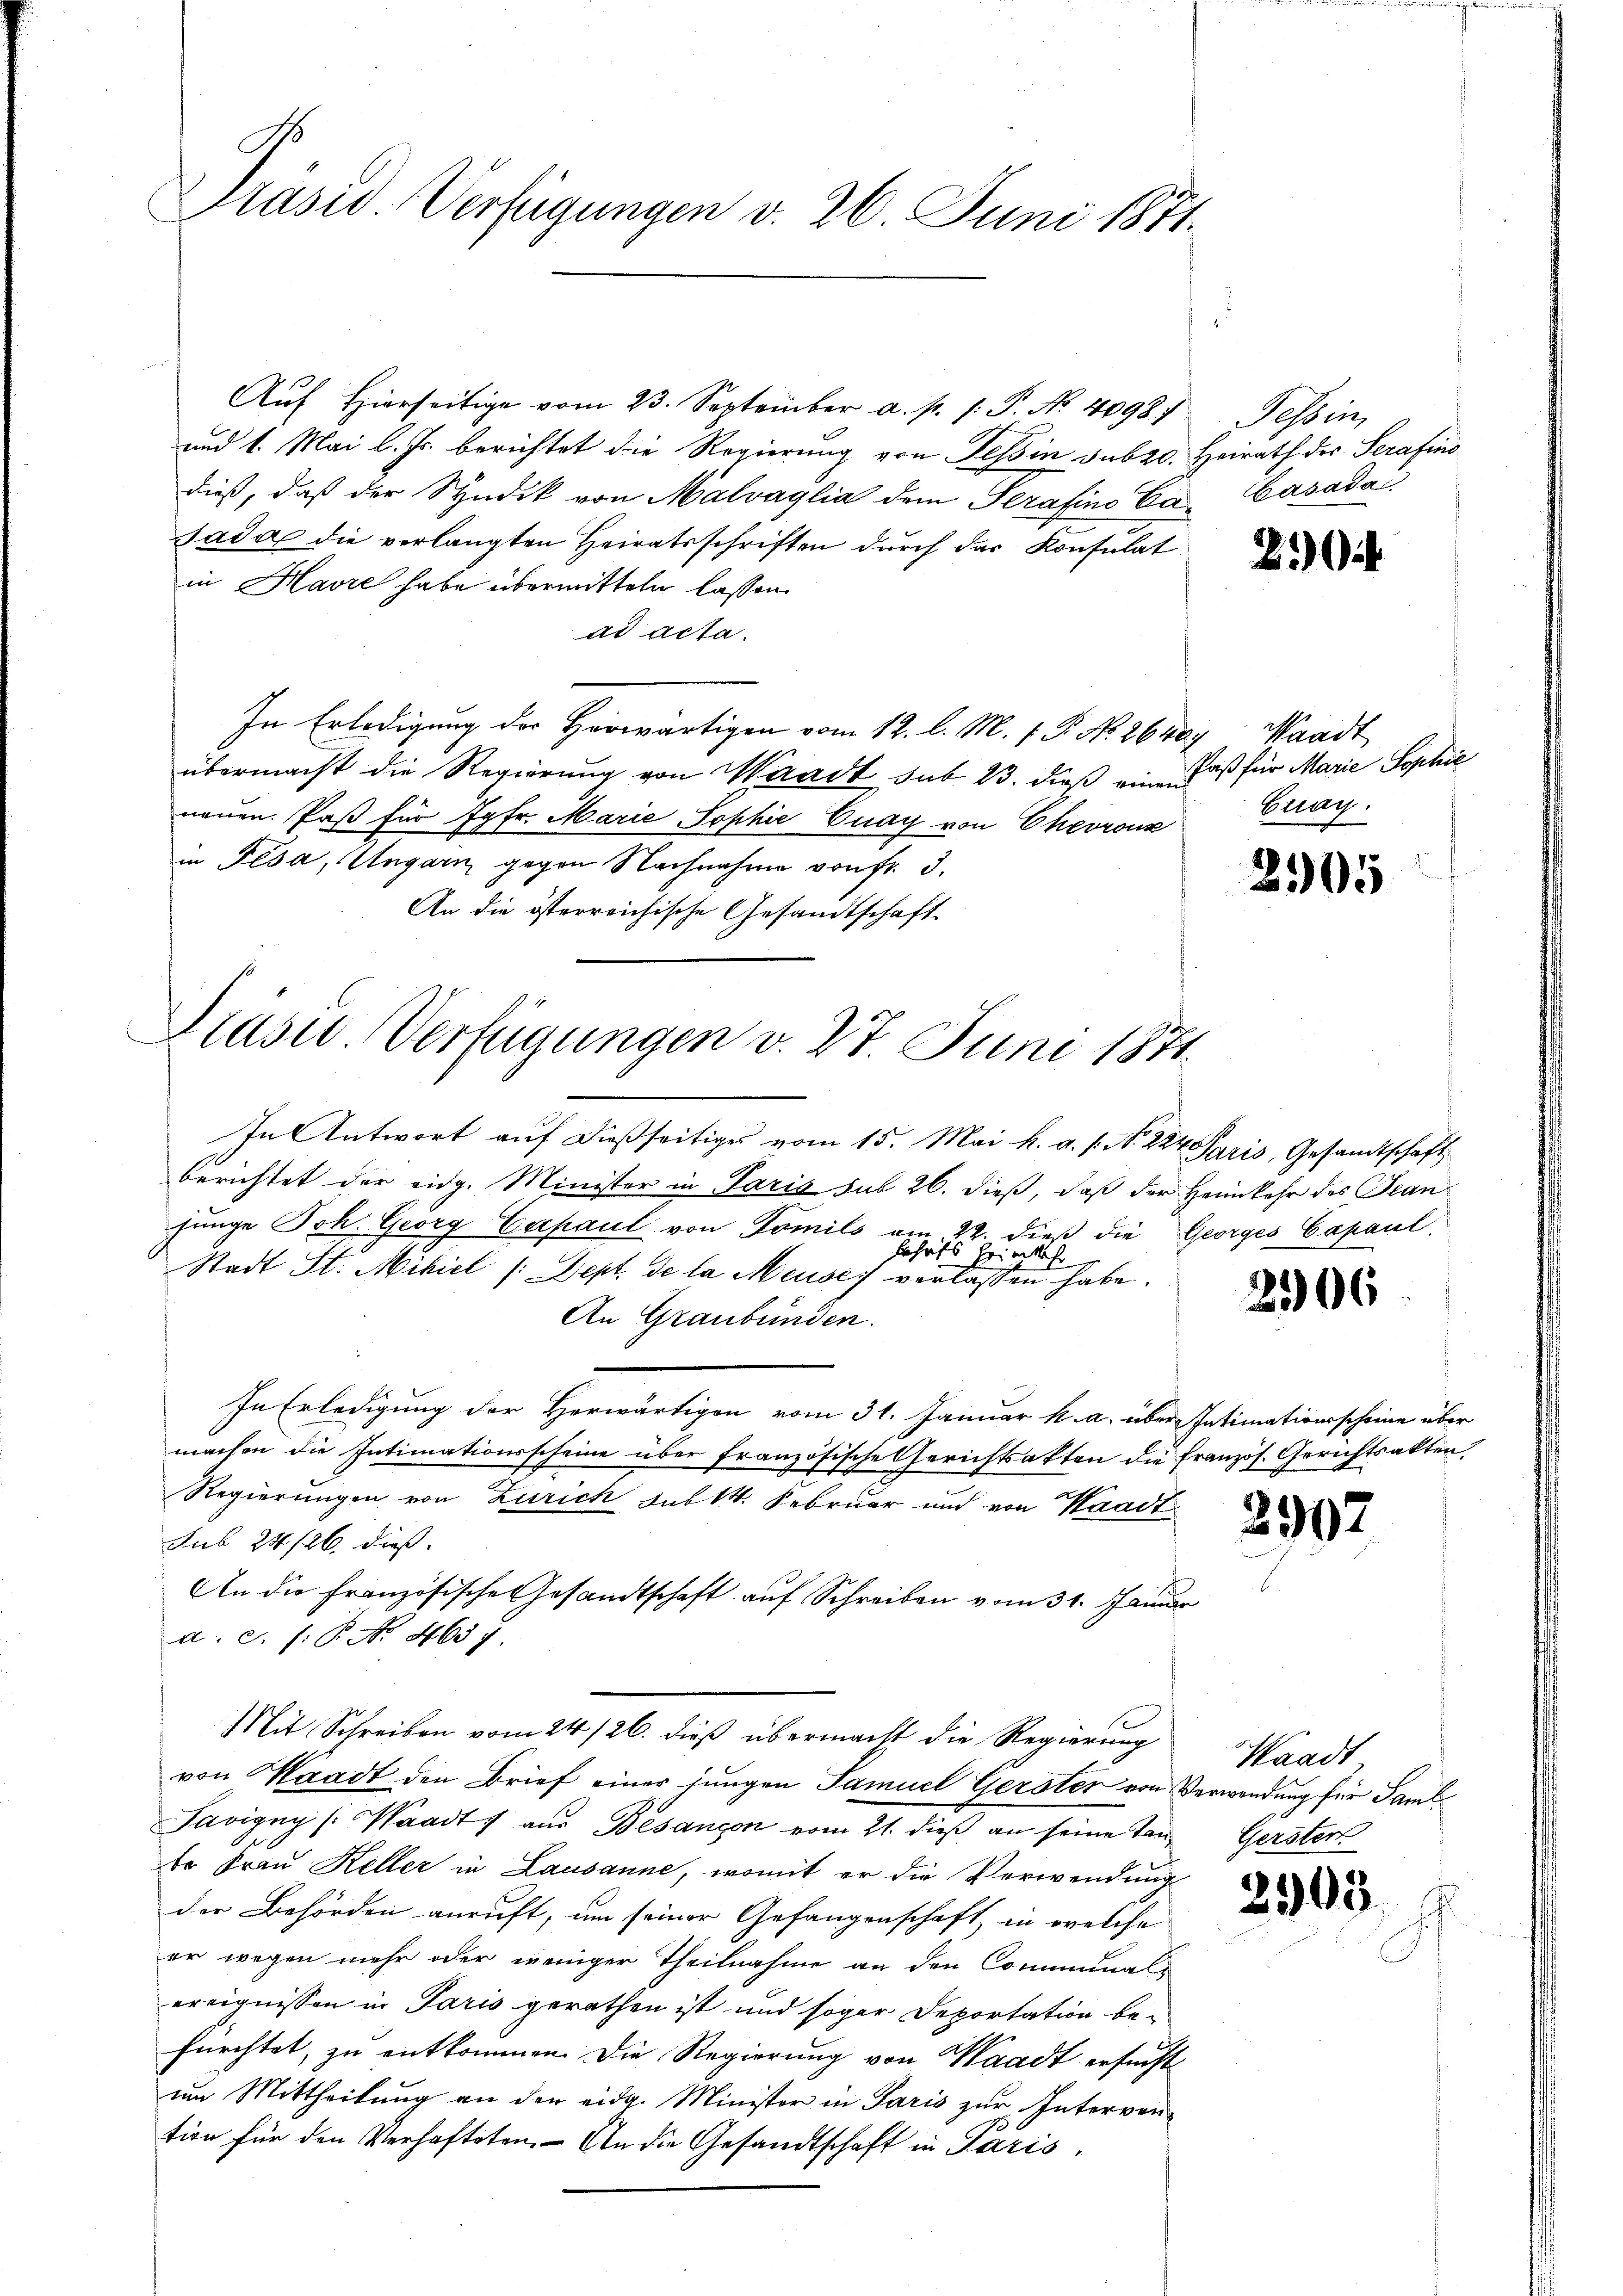
Präsid Verfügungen d. 26. Juni 1871

Aŭf Hierseitige vom 23. September a. p. 1. P. No. 4098)
und 1. Mai l. Js. berichtet die Regierung von Tessin, Subzo. Heirath des Serafino
dieß, daß der Syndik von Malvaglia dem Serafino Ea Casada
Sada die verlangten Heiratsschriften durch der Konsulat
in Havre habe übermitteln lassen.
ad acta.
In Erledigung der Horwärtigen vom 12. l. M. 1. P. No. 2640, Waadt
übermacht die Regierung von Waadt sub 23. dieß eine Faß für Marie Sophie
neuen Paß für Jgfr. Marie Sophie Enay von Chevronz
in Pesa, Ungarn gegen Nachnahme von fr. 3.
An die österreichische Gesandtschaft

Glasur. Verfügungen v. 27. Juni 1871

In Antwort auf dießseitiges vom 15. Mai h. a. s. No. 224. Paris, Gesandtschaft
berichtet der eidg. Minister in Paris sub 26. dieß, daß der Heimkehr des Teanjunge Joh. Georg Capaul von Domils am 22. dieß die Georges Capaul
sehaft Heimkeh
Stadt St. Mikiel (Sept. de la Meuses verlassen habe.
An Graubünden.
In Erledigung der Herwärtigen vom 31. Januar h. a. über Intimationsscheine über
machen die Intimationsscheine über französische Gerichtsakten die französ. Gerichtsakten,
Regierungen von Zürich sub 1. Februar und von Waadt
sub 24/26. dieß.
An die Französische Gesandtschaft auf Schreiben vom 31. Januar
a. c. (: P. Nr. 463)
Mit Schreiben vom 24./26. dieß übermacht die Regierung
von Waadt den Brief einer jungen Samuel Gerster von Verwendung für Saml
Pavigny (Waadt) aus Besançon vom 21. dieß an seine Tanbe Frau Keller in Lausanne, womit er die Verwendung
der Behörden anruft, um seiner Gefangenschaft, in welche
er wegen mehr oder weniger Theilnahme an den Communalereignissen in Paris gerathen ist und sogar Deportation be-
fürchtet, zu entkommen. Die Regierung von Waadt ersucht
im Mittheilung an den eidg. Minister in Paris zur Interven-
tion für den Verhafteten. An die Gesandtschaft in Paris,

Tessin,

Eray.

2305

2106

2907

Waadt
Gerstert

3

2

30